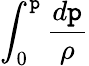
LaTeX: \int_{0}^{\mathtt{p}}{\frac{{d\mathtt{p}}}{{\rho{}}}}